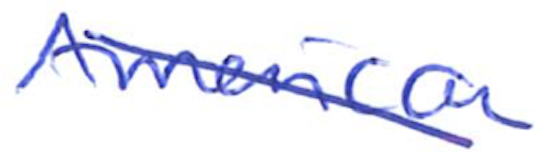
Text: American
Cross-out: diagonal
Writing tool: ballpoint